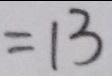
= 1 3